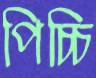
পিচ্চি